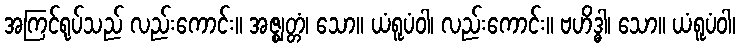
အကြင်ရုပ်သည် လည်းကောင်း။ အဇ္ဈတ္တံ၊ သော။ ယံရူပံဝါ၊ လည်းကောင်း။ ဗဟိဒ္ဓါ၊ သော။ ယံရူပံဝါ၊